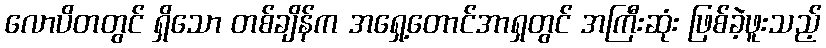
လောပိတတွင် ရှိသော တစ်ချိန်က အရှေ့တောင်အာရှတွင် အကြီးဆုံး ဖြစ်ခဲ့ဖူးသည့်